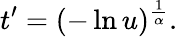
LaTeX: t^{\prime}=(-\ln u)^{\frac{1}{\alpha}}.